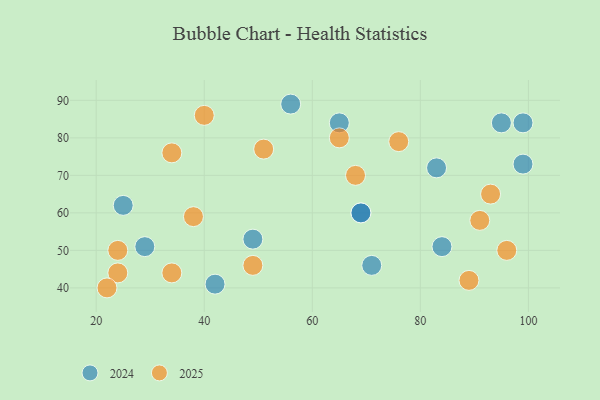
{"axis": {"x": "GDP", "y": "Life Expectancy"}, "legend": ["2024", "2025"], "data": [{"x": "24", "y": 44, "type": "2025"}, {"x": "65", "y": 80, "type": "2025"}, {"x": "22", "y": 40, "type": "2025"}, {"x": "51", "y": 77, "type": "2025"}, {"x": "34", "y": 76, "type": "2025"}, {"x": "49", "y": 46, "type": "2025"}, {"x": "40", "y": 86, "type": "2025"}, {"x": "68", "y": 70, "type": "2025"}, {"x": "89", "y": 42, "type": "2025"}, {"x": "24", "y": 50, "type": "2025"}, {"x": "34", "y": 44, "type": "2025"}, {"x": "91", "y": 58, "type": "2025"}, {"x": "93", "y": 65, "type": "2025"}, {"x": "96", "y": 50, "type": "2025"}, {"x": "38", "y": 59, "type": "2025"}, {"x": "76", "y": 79, "type": "2025"}, {"x": "69", "y": 60, "type": "2024"}, {"x": "99", "y": 84, "type": "2024"}, {"x": "84", "y": 51, "type": "2024"}, {"x": "25", "y": 62, "type": "2024"}, {"x": "99", "y": 73, "type": "2024"}, {"x": "29", "y": 51, "type": "2024"}, {"x": "49", "y": 53, "type": "2024"}, {"x": "71", "y": 46, "type": "2024"}, {"x": "95", "y": 84, "type": "2024"}, {"x": "83", "y": 72, "type": "2024"}, {"x": "42", "y": 41, "type": "2024"}, {"x": "65", "y": 84, "type": "2024"}, {"x": "56", "y": 89, "type": "2024"}, {"x": "69", "y": 60, "type": "2024"}]}